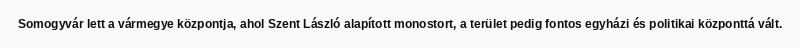
Somogyvár lett a vármegye központja, ahol Szent László alapított monostort, a terület pedig fontos egyházi és politikai központtá vált.